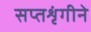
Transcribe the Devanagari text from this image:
सप्तशृंगीने